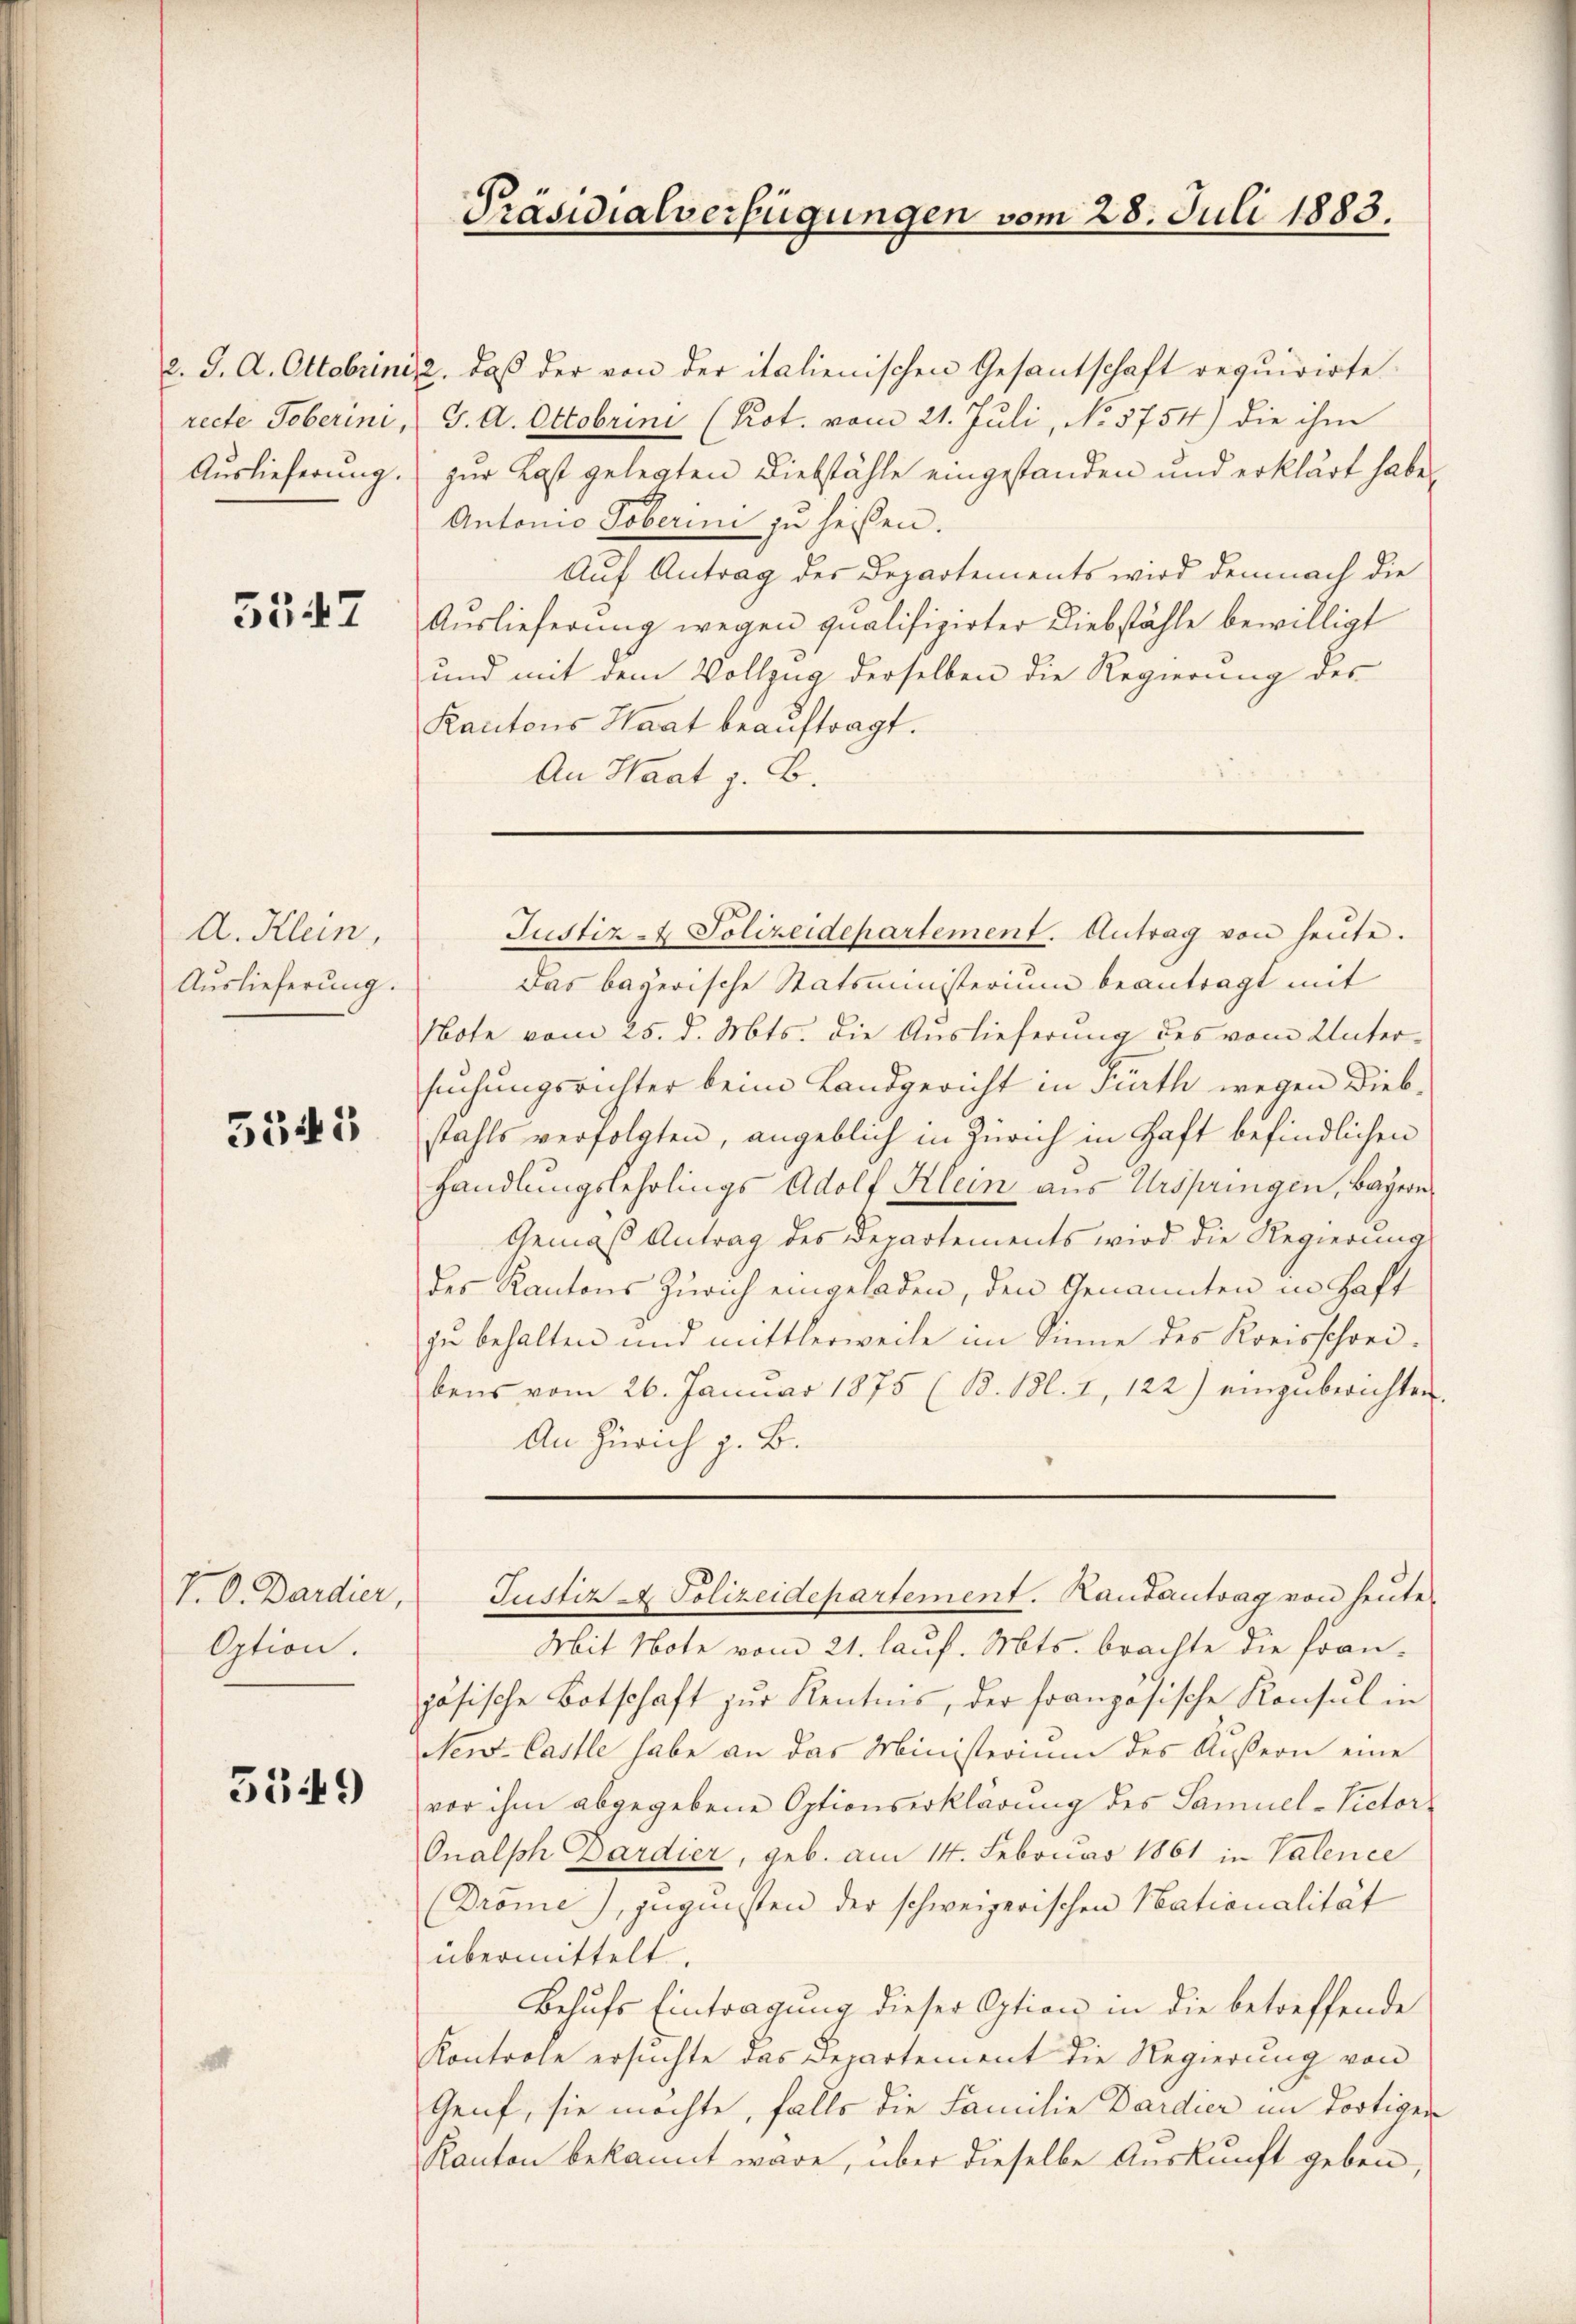
5347

A. Klein,
Auslieferung.

5545

V. O. Dardier,
Option.

5549

¬

Präsidialverfügungen vom 28. Juli 1883.

d. J. A. Oktobrini 2, daß der von der italienischen Gesantschaft requirirte
recte Toberini, J. A. Octobrini (Kot. vom 21. Juli, No 5754) die ihm
Auslieferung zur Last gelegten Diebstähle eingestanden und erklärt habe,
Antonio Toberini zu heißen.
Auf Antrag des Departements wird demnach die
Aŭslieferŭng wegen qualifizirter Diebstähle bewilligt
und mit dem Vollzug derselben die Regierung des
Kantons Saat beauftragt.
An Haat z. B.

Justiz- & Polizeidepartement. Antrag von heŭte.
Das bayerische Statsministerium beantragt mit
Note vom 25. d. Mts. die Auslieferung des vom Unter-
suchungsrichter beim Landgericht in Fürth wegen Diebstahls verfolgten, angeblich in Zürich in Haft befindlichen
handlungslehrlings Adolf Klein aus Urspringen, Bayern
Gemäß Antrag des Departements wird die Regierung
des Kantons Zürich eingeladen, den Genannten in Haft
zu behalten und mittlerweile im Sinne des Kreisschreibens vom 26. Januar 1875 (B. Bl. 1, 122) einzŭberichten.
An Zürich z. B.
Justiz & Polizeidepartement. Kautantrag von heute.
Mit Note vom 21. lauf. Mts. brachte die fran-
zösische Botschaft zur Kentnis, der französische Konsul in
New-Castle habe an das Ministerium des Aussern eine
vor ihm abgegebene Optionserklärung des Samuel-Victor
Onalph Dardier, geb. am 14. Februar 1861 in Valence
(Dröme), zugunsten der schweizerischen Nationalität
übermittelt.
Behufs Eintragung dieser Option in die betreffende
Kontrole ersuchte das Departement die Regierung von
Genf, sie möchte, falls die Familie Dardier im dortigen
Kanton bekannt wäre, über dieselbe Auskunft geben,